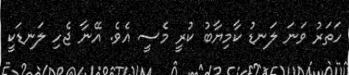
ހަތަރު ވަނަ ލަނޑު ކާމިޔާބު ކުރީ މެސީ އެވެ. އޭނާ ޖެހި ލަނޑަކީ